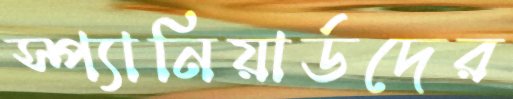
স্প্যানিয়ার্ডদের